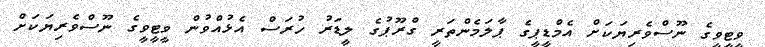
ވީޓީވީގެ ނޫސްވެރިޔަކަށް އެމްޑީޕީގެ ޕާލަމެންތަރީ ގްރޫޕުގެ ލީޑަރު ހުރަސް އެޅުއްވުން ވީޓީވީގެ ނޫސްވެރިޔަކަށް